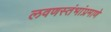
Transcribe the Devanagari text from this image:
लवणस्तंभांप्रमाणे